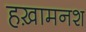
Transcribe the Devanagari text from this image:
हख़ामनश